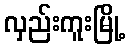
လှည်းကူးမြို့